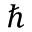
\hbar